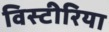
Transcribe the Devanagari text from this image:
विस्टीरिया